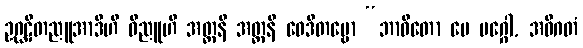
ဥဂ္ဃဋိတညူအာဒီဟိ ဝိညူဟိ အတ္တနိ အတ္တနိ ဝေဒိတဗ္ဗော “ဘာဝိတော မေ မဂ္ဂေါ, အဓိဂတံ